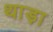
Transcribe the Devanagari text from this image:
थाड़ा